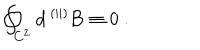
LaTeX: \oint _ { C ^ { 2 } } { \mathbf d } { \, { } ^ { ( | | ) } { \mathbf B } } \equiv 0 \; .